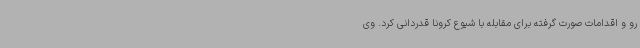
رو و اقدامات صورت گرفته برای مقابله با شیوع کرونا قدردانی کرد. وی